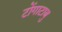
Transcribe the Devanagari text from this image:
टोंगाटाबु